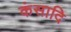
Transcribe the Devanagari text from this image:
कंसादि